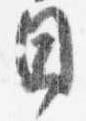
目